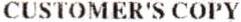
CUSTOMER'S COPY